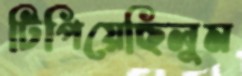
টিপিয়েছিলুম